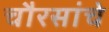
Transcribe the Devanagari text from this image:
चौरसांचे